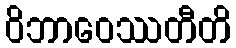
ဝိဘာဝေဿတီတိ